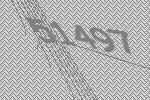
51497